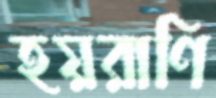
হয়রাণি